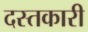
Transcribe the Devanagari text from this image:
दस्‍तकारी